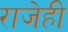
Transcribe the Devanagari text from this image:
राजेही